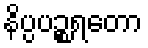
နိပ္ပပဉ္စရတော